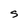
Character: S